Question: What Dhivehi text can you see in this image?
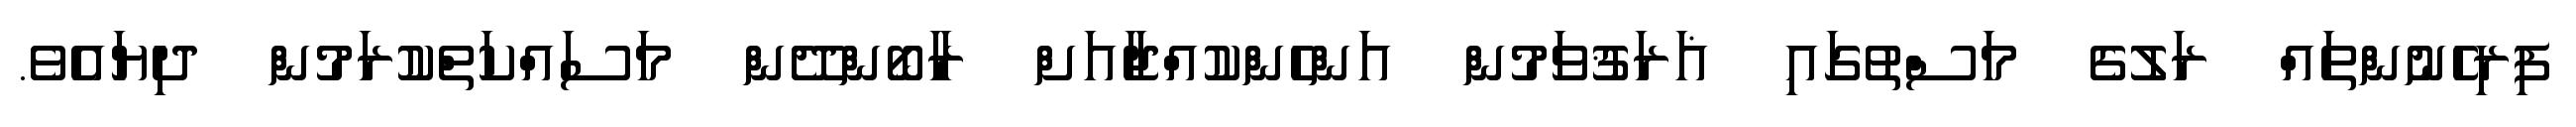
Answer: ފިރިހެނުންތައް ރަލުގެ މަސްތުގައި ޣަރަޤުވަމުން އަންހެންކުއްޖާއަށް ރާބޯންދޭން މަސައްކަތްކުރަމުން ދިޔައެވެ.